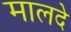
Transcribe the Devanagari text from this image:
मालदे